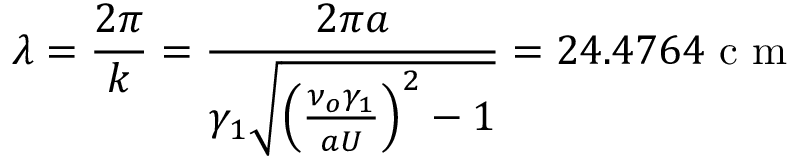
\lambda = \frac { 2 \pi } { k } = \frac { 2 \pi a } { \gamma _ { 1 } \sqrt { \left( \frac { \nu _ { o } \gamma _ { 1 } } { a U } \right) ^ { 2 } - 1 } } = 2 4 . 4 7 6 4 \textrm { c m }